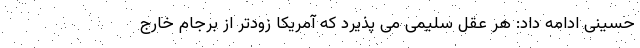
حسینی ادامه داد: هر عقل سلیمی می پذیرد که آمریکا زودتر از برجام خارج